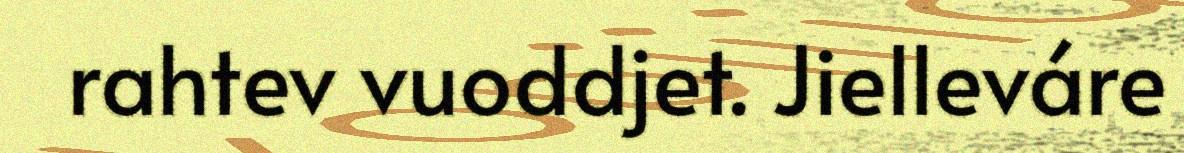
rahtev vuoddjet. Jielleváre